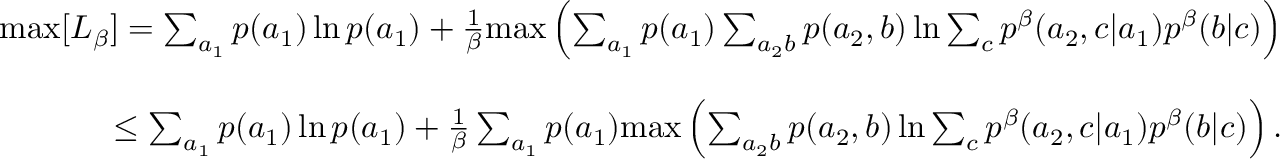
\begin{array} { r l r } & { } & { \mathrm { m a x } [ L _ { \beta } ] = \sum _ { a _ { 1 } } p ( a _ { 1 } ) \ln p ( a _ { 1 } ) + \frac { 1 } { \beta } \mathrm { m a x } \left( \sum _ { a _ { 1 } } p ( a _ { 1 } ) \sum _ { a _ { 2 } b } p ( a _ { 2 } , b ) \ln \sum _ { c } p ^ { \beta } ( a _ { 2 } , c | a _ { 1 } ) p ^ { \beta } ( b | c ) \right) } \\ & { } & \\ & { } & { \leq \sum _ { a _ { 1 } } p ( a _ { 1 } ) \ln p ( a _ { 1 } ) + \frac { 1 } { \beta } \sum _ { a _ { 1 } } p ( a _ { 1 } ) \mathrm { m a x } \left( \sum _ { a _ { 2 } b } p ( a _ { 2 } , b ) \ln \sum _ { c } p ^ { \beta } ( a _ { 2 } , c | a _ { 1 } ) p ^ { \beta } ( b | c ) \right) . } \end{array}